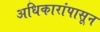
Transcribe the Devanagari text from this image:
अधिकारांपासून